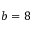
b = 8